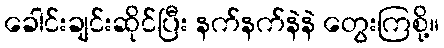
ခေါင်းချင်းဆိုင်ပြီး နက်နက်နဲနဲ တွေးကြစို့။